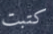
كتبت